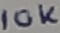
Text: 10K